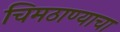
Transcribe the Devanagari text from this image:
चिमठाण्याचा